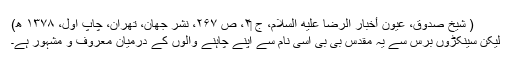
( شیخ صدوق، عیون أخبار الرضا علیه السلام، ج ‏۲، ص ۲۶۷، نشر جهان، تهران، چاپ اول، ۱۳۷۸ ھ)
لیکن سینکڑوں برس سے یہ مقدس بی بی اسی نام سے اپنے چاہنے والوں کے درمیان معروف و مشہور ہے۔